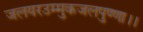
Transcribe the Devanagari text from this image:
जलयरउम्मुकजलपुण्णा।।